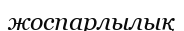
жоспарлылық